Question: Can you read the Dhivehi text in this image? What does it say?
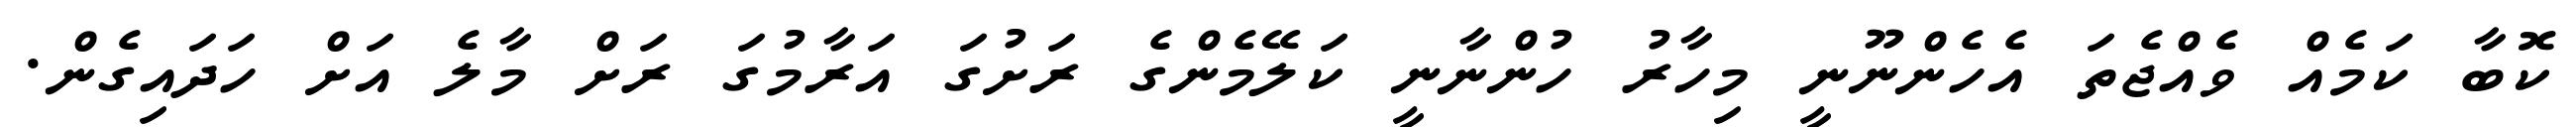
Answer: ކޮބާ ކަމެއް ވެއްޖެތަ އެހެންނޫނީ މިހާރު ހުންނާނީ ކަލޭމެންގެ ރަށުގަ އަރާމުގަ ރަށް މާލެ އަށް ހަދައިގެން.